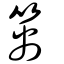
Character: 𥯔